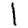
Digit: 1